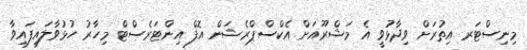
މިނިސްޓަރ އިތުރަށް ވިދާޅުވީ އެ މަޝްރޫއަށް އެކްސްޕްރެޝަން އޮފް އިންޓަރެސްޓް މިހާރު ހުޅުވާލައިފައިވާ